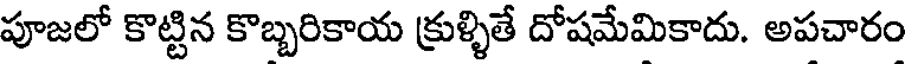
పూజలో కొట్టిన కొబ్బరికాయ క్రుళ్ళితే దోషమేమికాదు. అపచారం